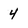
Character: 4